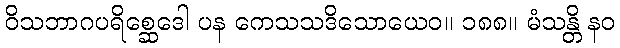
ဝိသဘာဂပရိစ္ဆေဒေါ ပန ကေသသဒိသောယေဝ။ ၁၈၈။ မံသန္တိ နဝ